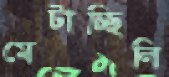
মেটাচ্ছিলি